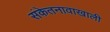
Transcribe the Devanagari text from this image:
संकेतनावाखाली